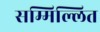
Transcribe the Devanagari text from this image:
सम्मिल्लित